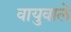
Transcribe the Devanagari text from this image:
वायुवाले